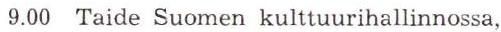
 9.00 Taide Suomen kulttuurihallinnossa,